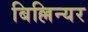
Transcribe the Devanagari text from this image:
बिल्लिन्यर